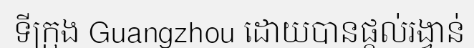
ទីក្រុង Guangzhou ដោយបានផ្តល់រង្វាន់